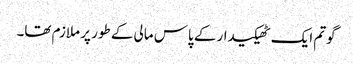
گوتم ایک ٹھیکیدار کے پاس مالی کے طور پر ملازم تھا۔